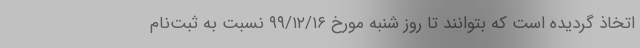
اتخاذ گردیده است که بتوانند تا روز شنبه مورخ ۹۹/۱۲/۱۶ نسبت به ثبت‌نام